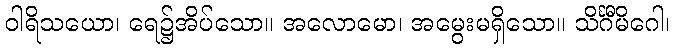
ဝါရိသယော၊ ရေ၌အိပ်သော။ အလောမော၊ အမွေးမရှိသော။ သိင်္ဂီမိဂေါ၊